Civil Veterinary Dept. North-West Frontier Province 1901-22 - 1901-1922
Year: 1901
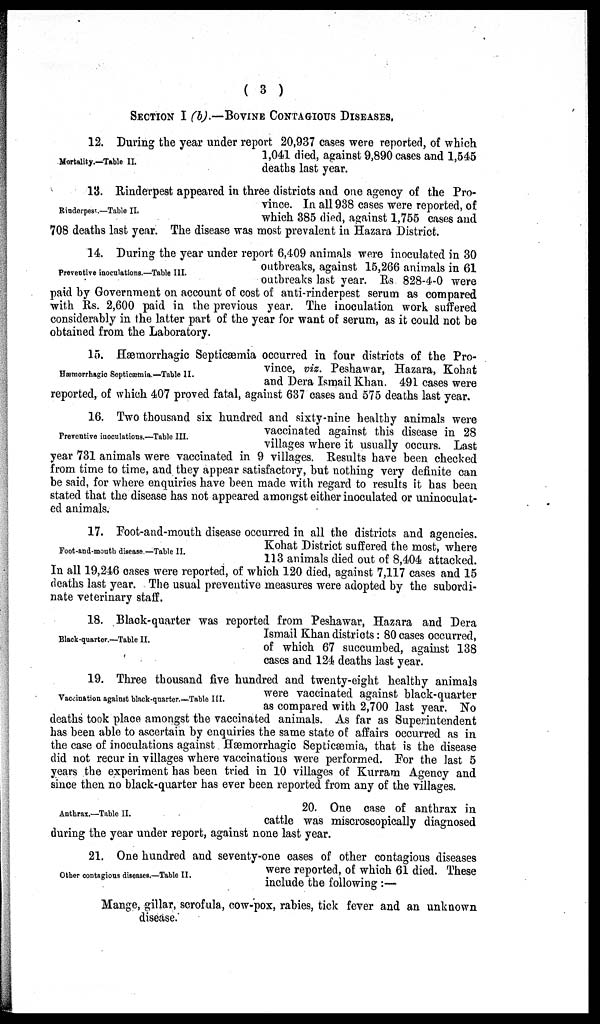
( 3 )
SECTION I (b).— BOVINE CONTAGIOUS DISEASES.
Mortality.—Table II.
12. During the year under report 20,937 cases were reported, of which
1,041 died, against 9,890 cases and 1,545
deaths last year.
Rinderpest.—Table II.
13. Rinderpest appeared in three districts and one agency of the Pro-
vince. In all 938 cases were reported, of
which 385 died, against 1,755 cases and
708 deaths last year. The disease was most prevalent in Hazara District.
Preventive inoculations.—Table III.
14. During the year under report 6,409 animals were inoculated in 30
outbreaks, against 15,266 animals in 61
outbreaks last year. Rs 828-4-0 were
paid by Government on account of cost of anti-rinderpest serum as compared
with Rs. 2,600 paid in the previous year. The inoculation work suffered
considerably in the latter part of the year for want of serum, as it could not be
obtained from the Laboratory.
Hæmorrhagic Septicæmia.—Table II.
15. Hæmorrhagic Septicæmia occurred in four districts of the Pro-
vince, viz. Peshawar, Hazara, Kohat
and Dera Ismail Khan. 491 cases were
reported, of which 407 proved fatal, against 637 cases and 575 deaths last year.
Preventive inoculations.—Table III.
16. Two thousand six hundred and sixty-nine healthy animals were
vaccinated against this disease in 28
villages where it usually occurs. Last
year 731 animals were vaccinated in 9 villages. Results have been checked
from time to time, and they appear satisfactory, but nothing very definite can
be said, for where enquiries have been made with regard to results it has been
stated that the disease has not appeared amongst either inoculated or uninoculat-
ed animals.
Foot-and-mouth disease.—Table II.
17. Foot-and-mouth disease occurred in all the districts and agencies.
Kohat District suffered the most, where
113 animals died out of 8,404 attacked.
In all 19,246 cases were reported, of which 120 died, against 7,117 cases and 15
deaths last year. The usual preventive measures were adopted by the subordi-
nate veterinary staff.
Black-quarter.—Table II.
18. Black-quarter was reported from Peshawar, Hazara and Dera
Ismail Khan districts: 80 cases occurred,
of which 67 succumbed, against 138
cases and 124 deaths last year.
Vaccination against black-quarter.—Table III.
19. Three thousand five hundred and twenty-eight healthy animals
were vaccinated against black-quarter
as compared with 2,700 last year. No
deaths took place amongst the vaccinated animals. As far as Superintendent
has been able to ascertain by enquiries the same state of affairs occurred as in
the case of inoculations against Hæmorrhagic Septicæmia, that is the disease
did not recur in villages where vaccinations were performed. For the last 5
years the experiment has been tried in 10 villages of Kurram Agency and
since then no black-quarter has ever been reported from any of the villages.
Anthrax.—Table II.
20. One case of anthrax in
cattle was miscroscopically diagnosed
during the year under report, against none last year.
Other contagious diseases.—Table II.
21. One hundred and seventy-one cases of other contagious diseases
were reported, of which 61 died. These
include the following:—
Mange, gillar, scrofula, cow-pox, rabies, tick fever and an unknown
disease.